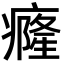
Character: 癃